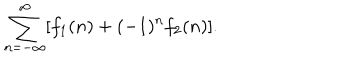
\sum _ { n = - \infty } ^ { \infty } [ f _ { 1 } ( n ) + ( - 1 ) ^ { n } f _ { 2 } ( n ) ] .